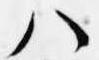
八